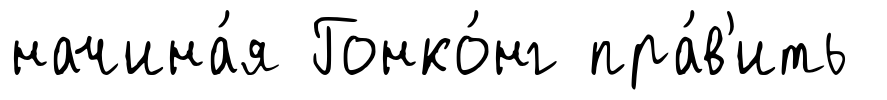
начина́я Гонко́нг пра́в'ить